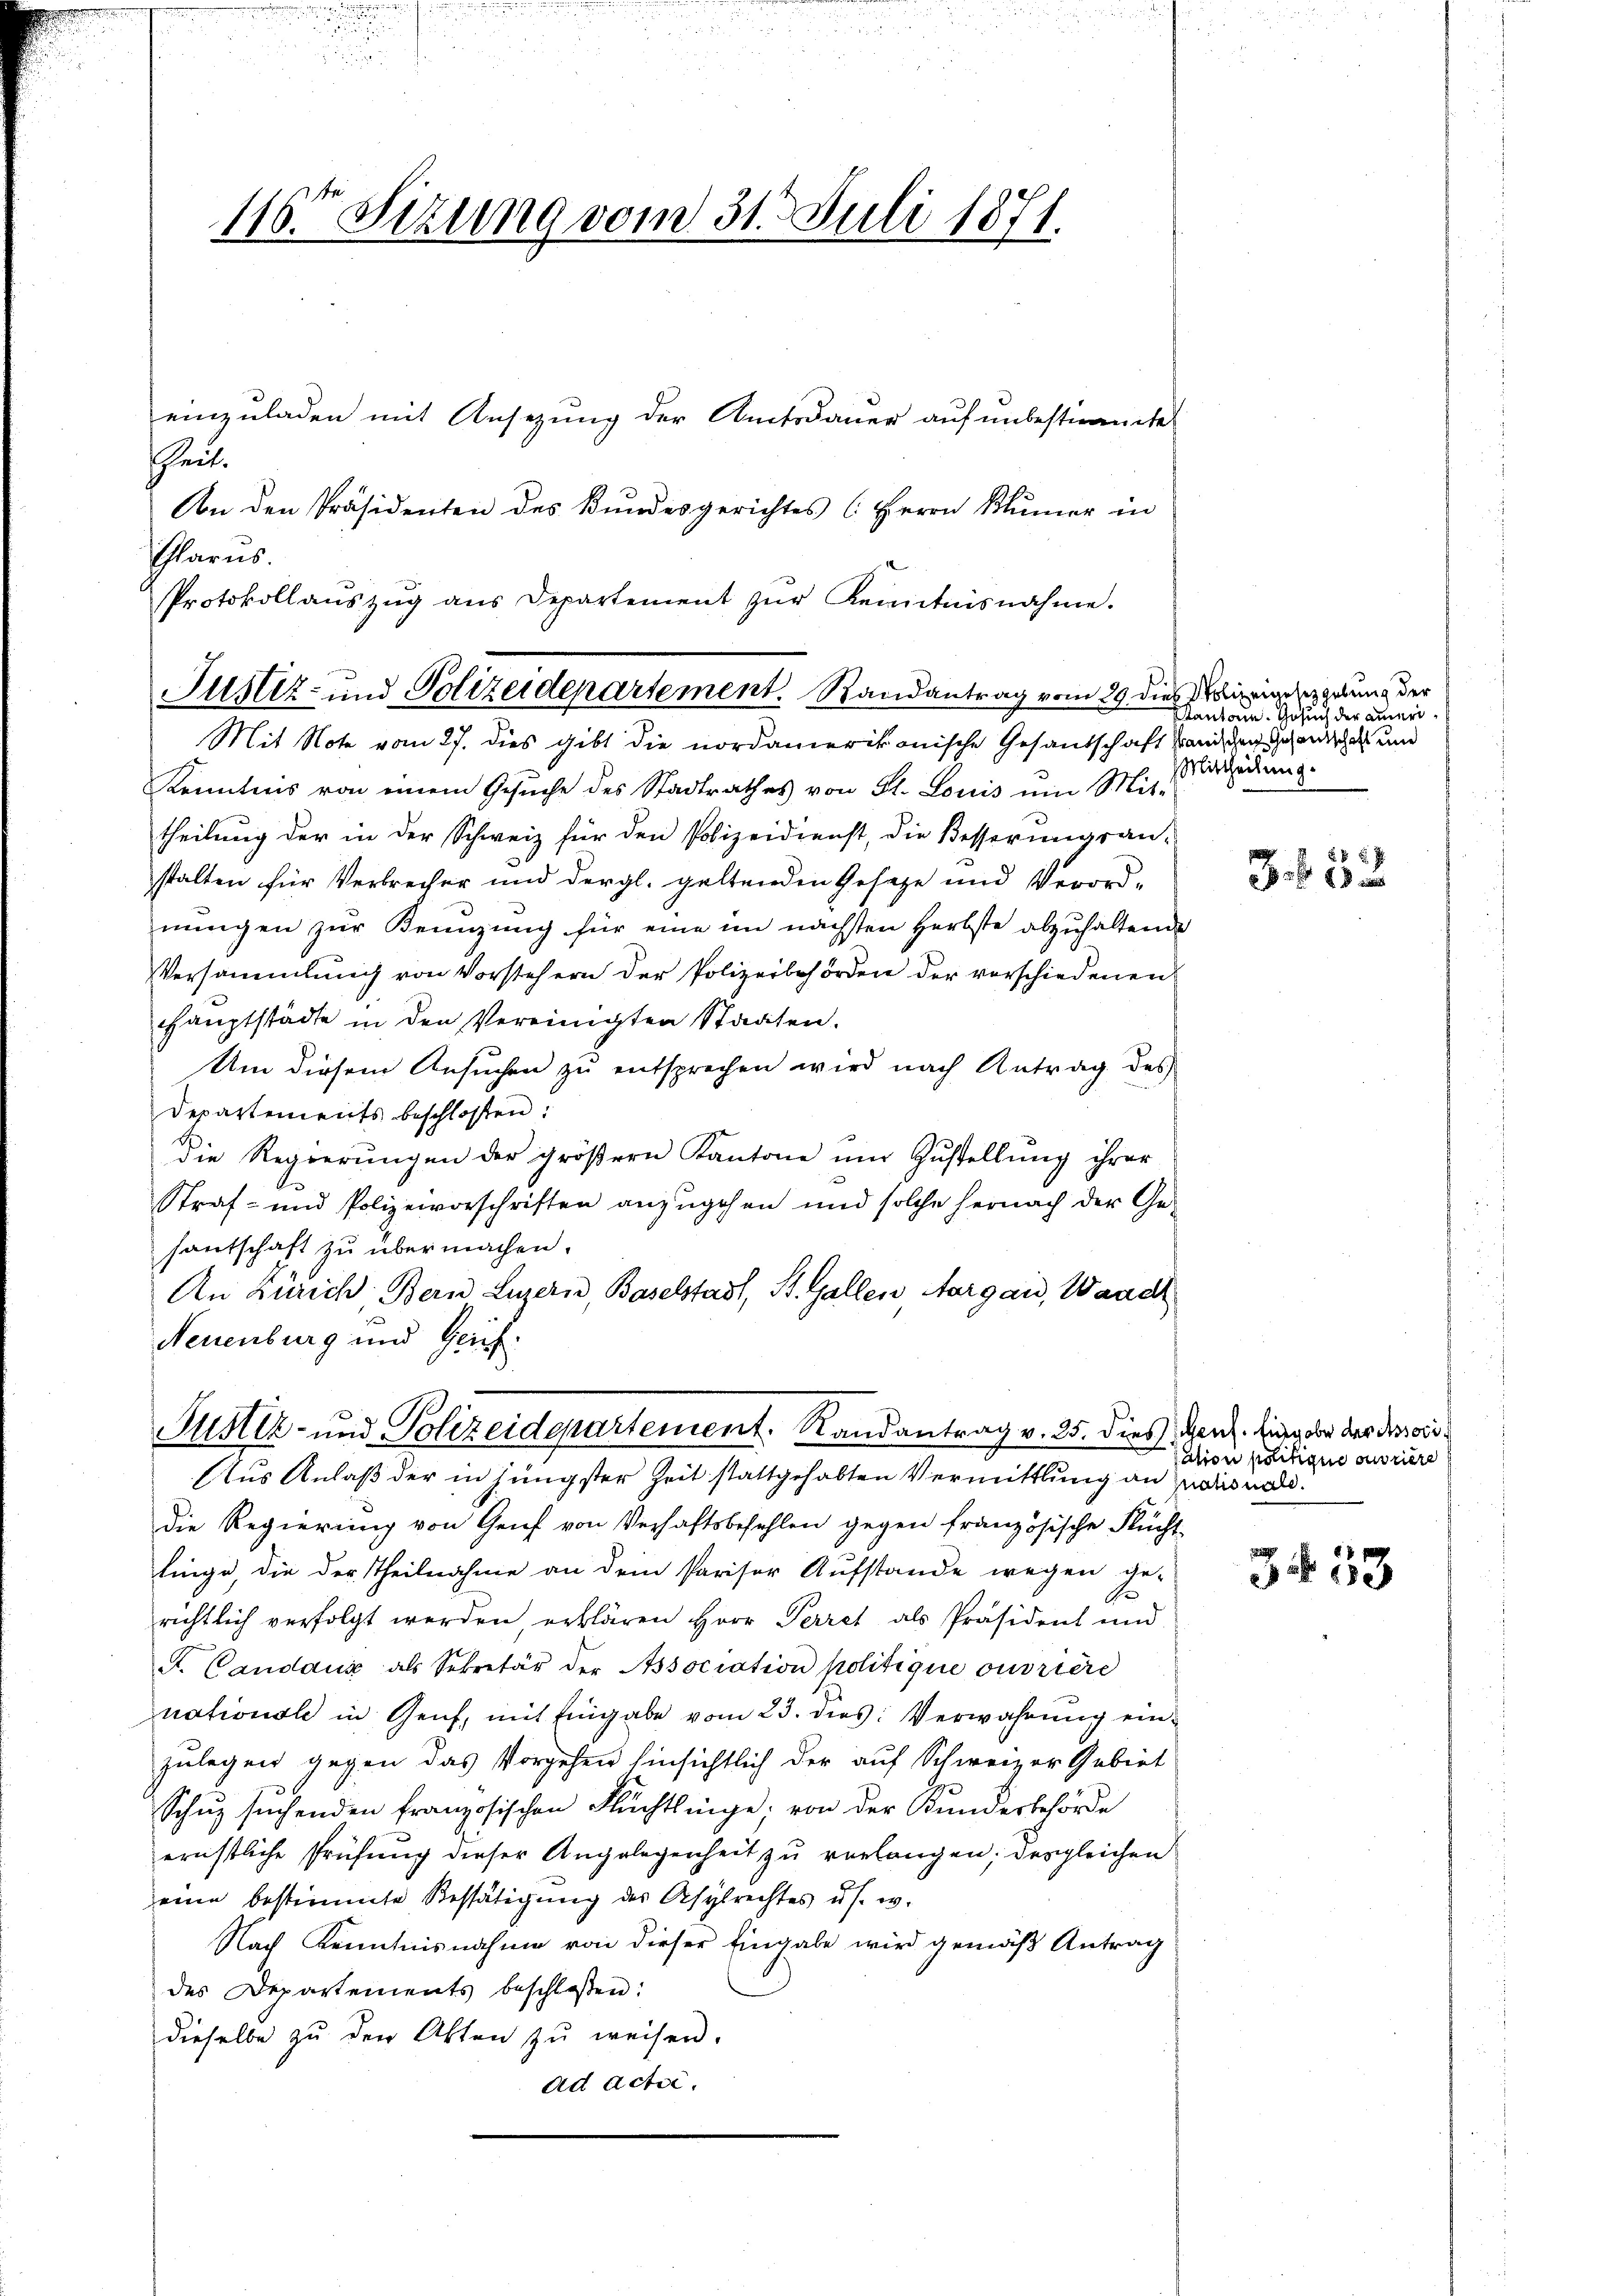
116. Sizung vom 31. Juli 1871.

einzuladen mit Ansezung der Amtsdauer auf unbestimmte
sheit.
An den Präsidenten des Bundesgerichtes (Herrn Blümer in
larus.
Protokollaŭszŭg ans Departement zŭr Kenntnisnahme.

Justiz- und Polizeidepartement. Randantrag vom 29 dies Weigeregelung der
Mit Note vom 27. dies gibt die nordamerikonische Gesandschaft hanischen Handschaft und

Kenntnis von einem Gesŭche des Stadtrathes von St. Louis um Mit-
theilung der in der Schweiz für den Polizeidienst, die Besserungsan-
stalten für Verbrecher und dergl. geltenden Gesetze und Verordnŭngen zur Kennzung für eine im nächsten Herbste abzuhaltende
Versammlung von Vorstehern der Polizeibehörden der verschiedenen
Hauptstädte in den Vereinigten Staaten.
Um diesem Ansuchen zu entsprechen wird nach Antrag des
Departements beschlossen:
Die Regierŭngen der gröβern Kantone um Zustellung ihrer
Straf- und Polizeivorschriften anzugehen und solche hernach der Ge-
santschaft zu übermachen.
An Zürich Bern Luzern, Baselstadt, St. Gallen Aargau, Waadt
Neuenburg und Geich.

Justiz- und Polizeidepartement. Randantrag v. 25. dies enz. hing aber der der wid
Aus Anlaß der in jüngster Zeit stattgehabten Vermittlung an Mais nad¬

die Regierung von Genf von Verhaftsbefehlen gegen französische Flücht
linge, die der Theilnahme an dem Pariser Aufstande wegen ge-
A
richtlich verfolgt werden erklären Herr Perret als Präsident und
S. Candaux als Sekretär der Association politique ouvriere
nationale in Genf, mit Eingabe vom 23. dies: Verwahrung einzulegen gegen das Vorgehen hinsichtlich der auf Schweizer Gebiet
Schŭz suchenden französischen Flüchtlinge von der Bundesbehörde
ernstliche Prüfŭng dieser Angelegenheit zŭ verlangen; dergleichen
eine bestimmte Bestätigung des Asylrechtes u s. w.
Nach Kenntnisnahme von dieser Eingabe wird gemäß Antrag
des Departements beschlossen:
dieselbe zŭ den Akten zŭ weisen.
ad Actor.

Kanton. Gesuch der ameri¬
Mittheilung.

x
8 f 10 x

sation politique oriere

3453